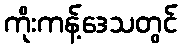
ကိုးကန့်ဒေသတွင်